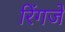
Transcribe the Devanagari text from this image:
रिंगजे